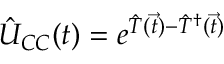
\hat { U } _ { C C } ( \boldsymbol { t } ) = e ^ { \hat { T } ( \vec { t } ) - \hat { T } ^ { \dagger } ( \vec { t } ) }